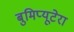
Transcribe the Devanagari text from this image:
बुमिप्यूटेरा